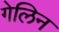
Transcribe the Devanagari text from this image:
गेलिन